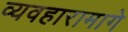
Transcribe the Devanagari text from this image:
व्यवहारामागे